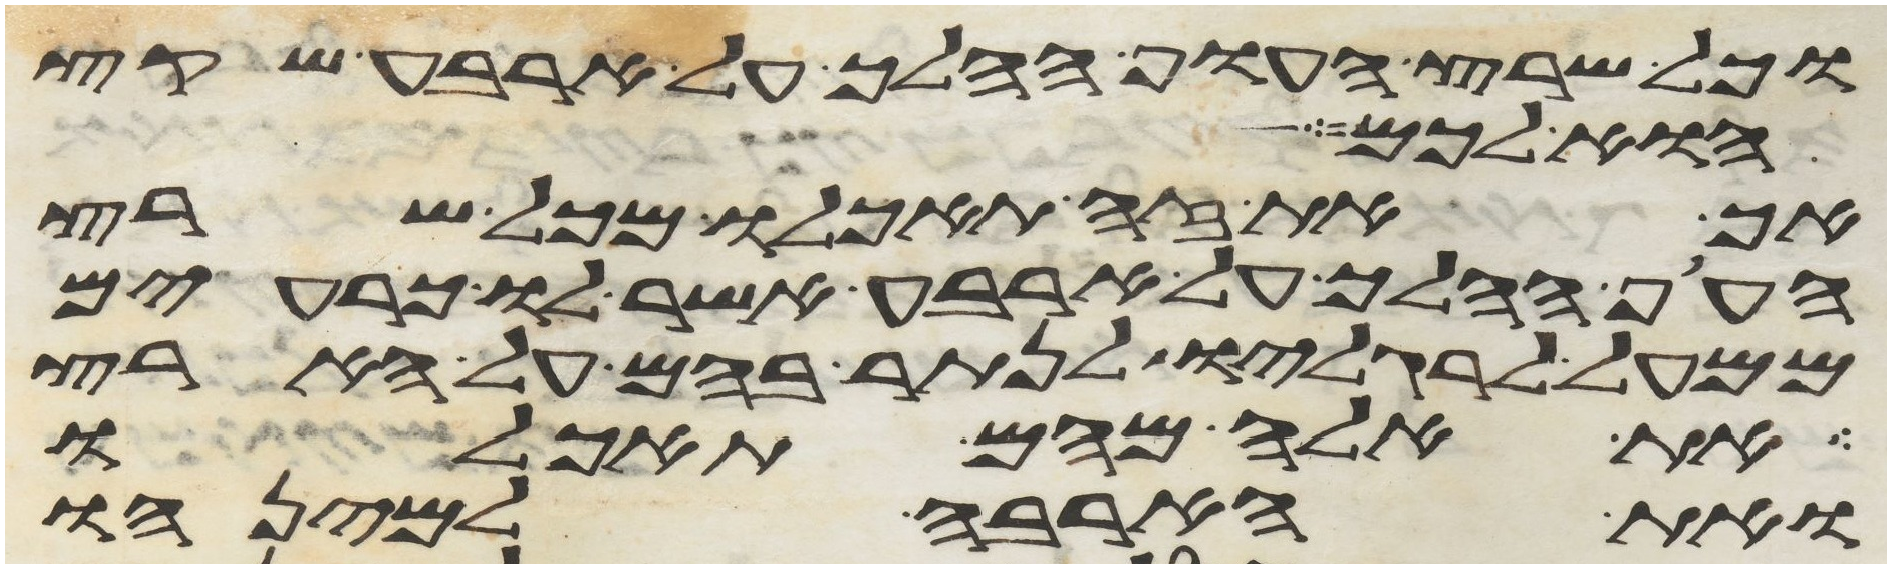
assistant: כל שרץ העוף ההלך על ארבע שקץ
הוא לכם
אך את זה תאכלו מכל שרץ
העוף ההלך על ארבע אשר לו כרעים
ממעל לרגליו לנתר בהם על הארץ
את אלה מהם תאכלו
את הארבה למינהו